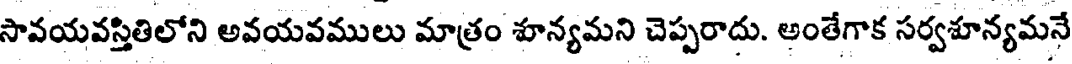
సావయవస్తితిలోని అవయవములు మాత్రం శూన్యమని చెప్పరాదు. అంతేగాక సర్వశూన్యమనే